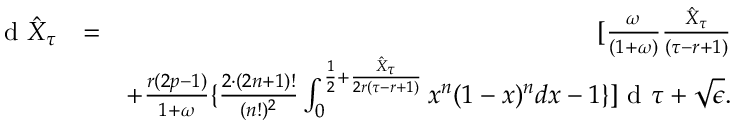
\begin{array} { r l r } { \textrm { d } \hat { X } _ { \tau } } & { = } & { [ \frac { \omega } { ( 1 + \omega ) } \frac { \hat { X } _ { \tau } } { ( \tau - r + 1 ) } } \\ & { } & { + \frac { r ( 2 p - 1 ) } { 1 + \omega } \{ \frac { 2 \cdot ( 2 n + 1 ) ! } { ( n ! ) ^ { 2 } } \int _ { 0 } ^ { \frac { 1 } { 2 } + \frac { \hat { X } _ { \tau } } { 2 r ( \tau - r + 1 ) } } x ^ { n } ( 1 - x ) ^ { n } d x - 1 \} ] \textrm { d } \tau + \sqrt { \epsilon } . } \end{array}